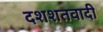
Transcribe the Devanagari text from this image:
दशशतवादी